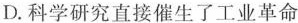
D.科学研究直接催生了工业革命